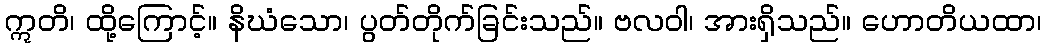
ဣတိ၊ ထို့ကြောင့်။ နိဃံသော၊ ပွတ်တိုက်ခြင်းသည်။ ဗလဝါ၊ အားရှိသည်။ ဟောတိယထာ၊